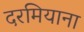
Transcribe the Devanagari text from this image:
दरमियाना